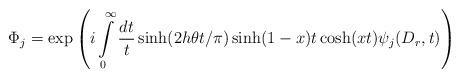
LaTeX: \begin{align*}\Phi _{j}=\exp \left( i\int\limits_{0}^{\infty }\frac{dt}{t}\sinh (2h\theta t/\pi )\sinh (1-x)t\cosh (xt)\psi _{j}(D_{r},t)\right) \end{align*}